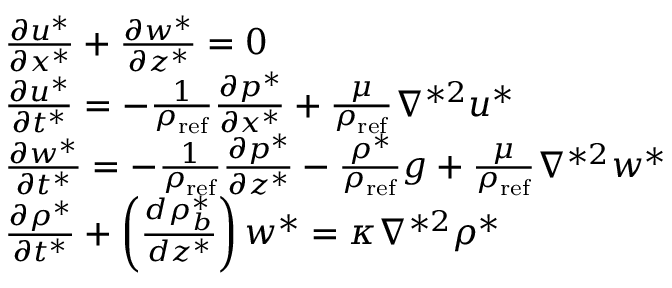
\begin{array} { r l } & { \frac { \partial u ^ { * } } { \partial x ^ { * } } + \frac { \partial w ^ { * } } { \partial z ^ { * } } = 0 } \\ & { \frac { \partial u ^ { * } } { \partial t ^ { * } } = - \frac { 1 } { \rho _ { \mathrm { r e f } } } \frac { \partial p ^ { * } } { \partial x ^ { * } } + \frac { \mu } { \rho _ { \mathrm { r e f } } } \nabla ^ { * 2 } u ^ { * } } \\ & { \frac { \partial w ^ { * } } { \partial t ^ { * } } = - \frac { 1 } { \rho _ { \mathrm { r e f } } } \frac { \partial p ^ { * } } { \partial z ^ { * } } - \frac { \rho ^ { * } } { \rho _ { \mathrm { r e f } } } g + \frac { \mu } { \rho _ { \mathrm { r e f } } } \nabla ^ { * 2 } w ^ { * } } \\ & { \frac { \partial \rho ^ { * } } { \partial t ^ { * } } + \left( \frac { d \rho _ { b } ^ { * } } { d z ^ { * } } \right) w ^ { * } = \kappa \nabla ^ { * 2 } \rho ^ { * } } \end{array}